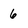
Character: 6